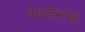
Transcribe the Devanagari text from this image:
वाल्डेरामा